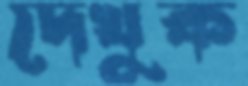
দেখুক